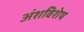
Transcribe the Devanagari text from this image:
अंशविशेष